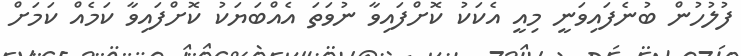
ފުލުހުން ބުނެފައިވަނީ މިއީ އެކަކު ކޮށްފައިވާ ނުވަތަ އެއްބަޔަކު ކޮށްފައިވާ ކަމެއް ކަމަށް